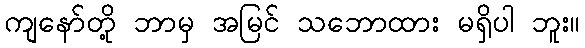
ကျနော်တို့ ဘာမှ အမြင် သဘောထား မရှိပါ ဘူး။